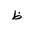
Letter: _za